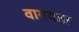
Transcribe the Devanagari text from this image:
वागवता